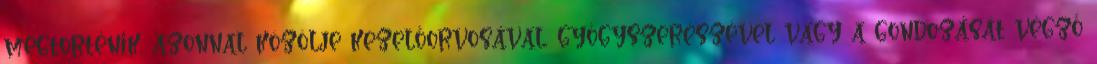
megtörténik, azonnal közölje kezelőorvosával, gyógyszerészével vagy a gondozását végző